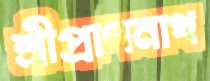
শ্রীপ্রাণনাথ